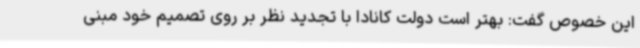
این خصوص گفت: بهتر است دولت کانادا با تجدید نظر بر روی تصمیم خود مبنی